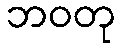
ဘဝတု